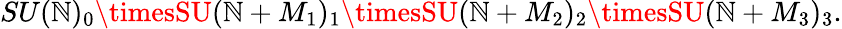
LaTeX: SU(\mathbb{N})_{0}\timesSU(\mathbb{N}+M_{1})_{1}\timesSU(\mathbb{N}+M_{2})_{2}\timesSU(\mathbb{N}+M_{3})_{3}.